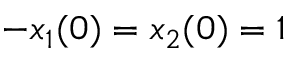
- x _ { 1 } ( 0 ) = x _ { 2 } ( 0 ) = 1